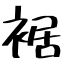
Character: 裾